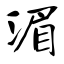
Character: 湄